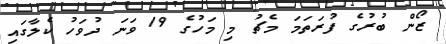
ޒޯން ބުރުގެ ފުރަތަމަ މެޗު މި މަހުގެ 19 ވަނަ ދުވަހު ކެލާގައި